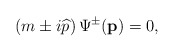
\begin{align*}\left( m\pm i\widehat{p}\right) \Psi ^{\pm }(\mathbf{p})=0,\end{align*}